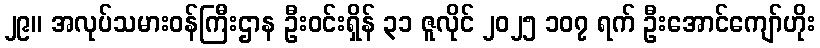
၂၉။ အလုပ်သမားဝန်ကြီးဌာန ဦးဝင်းရှိန် ၃၁ ဇူလိုင် ၂၀၂၅ ၁၀၇ ရက် ဦးအောင်ကျော်ဟိုး